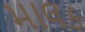
માલક